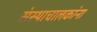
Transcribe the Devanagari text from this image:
संस्थाचालकांना